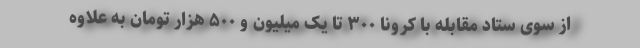
از سوی ستاد مقابله با کرونا ۳۰۰ تا یک میلیون و ۵۰۰ هزار تومان به علاوه